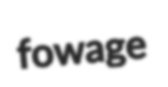
fowage